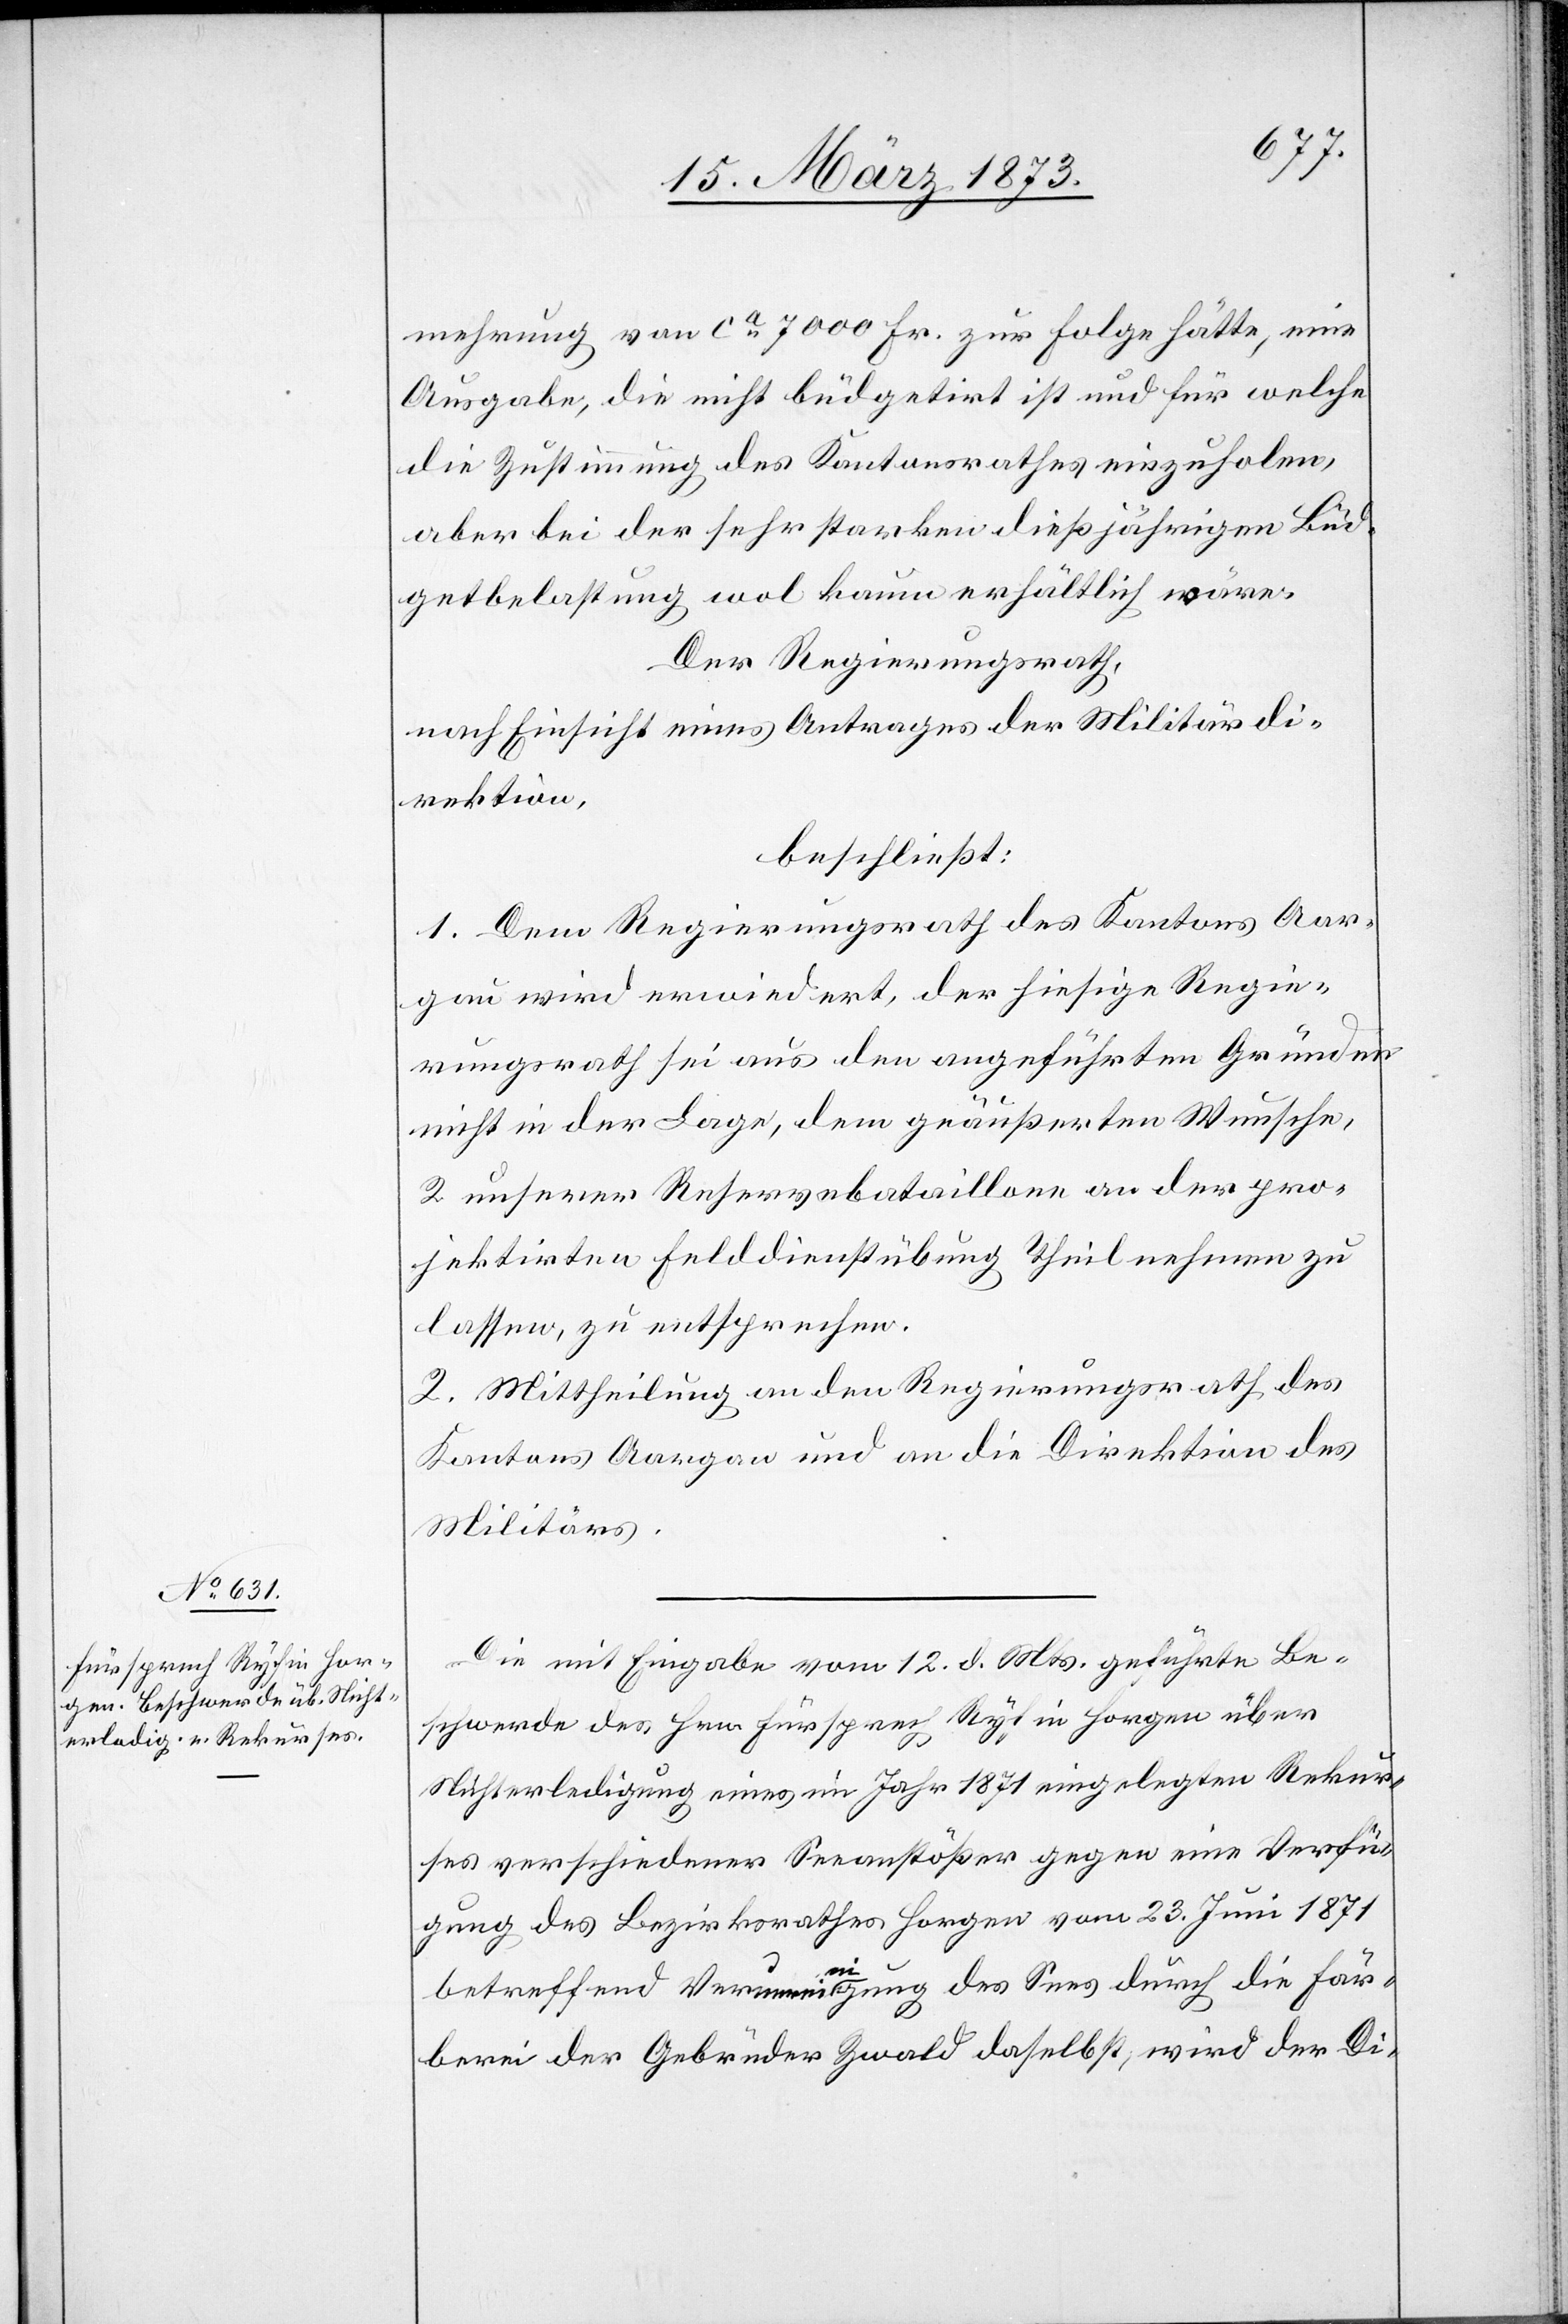
mehrung von ca 7000 Fr. zu Folge hätte, eine
Ausgabe, die nicht büdgetirt ist und für welche
die Zustimmung des Kantonsrathes einzuholen,
aber bei der sehr starken dießjährigen Büd¬
getbelastung wol kaum erhältlich wäre.
Der Regierungsrath,
nach Einsicht eines Antrages der Militärdi¬
rektion,
beschließt:
1. Dem Regierungsrath des Kantons Aar¬
gau wird erwiedert, der hiesige Regie¬
rungsrath sei aus den angeführten Gründen
nicht in der Lage, dem geäußerten Wunsche,
2 unserer Reservebataillone an der pro¬
jetkirten Felddienstübung Theil nehmen zu
lassen, zu entsprechen.
2. Mittheilung an den Regierungsrath des
Kantons Aargau und an die Direktion des
Militärs.
Die mit Eingabe vom 12. d. Mts. geführte Be¬
schwerde des Hrn. Fürsprech Ryf in Horgen über
Nichterledigung eines im Jahr 1871 eingelegten Rekur¬
ses verschiedener Seeanstößer gegen eine Verfü¬
gung des Bezirksrathes Horgen vom 23. Juni 1871
betreffend Verunreinigung des Sees durch die Fär¬
berei der Gebrüder Zwald daselbst, wird der Di-